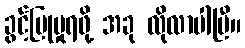
ခွင့်ပြုမှုရဖို့ အခု လိုလာပါပြီ။